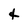
Character: 4